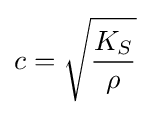
c={\sqrt {\frac {K_{S}}{\rho }}}